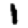
Digit: 1